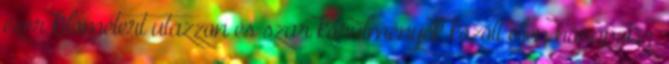
ezer kilométert utazzon és szar körülmények között éljen hónapokig.